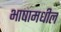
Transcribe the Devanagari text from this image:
भाषामधील